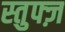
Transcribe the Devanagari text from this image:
स्तुफ्ज़